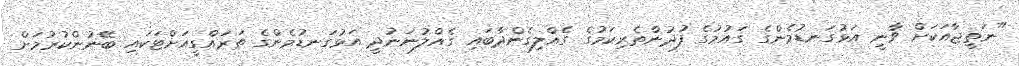
"ނަތީޖާއަކަށް ވާނީ އަޅުގަނޑުމެންގެ ގައުމުގެ ފުދުންތެރިކަމުގެ ގެއްލިގެންދާބައި ގެއްލުނަނުދީ އަޅުގަނޑުމެންގެ ތަރައްގީއަށްޓަކައި ބޭނުންކުރުމަށް